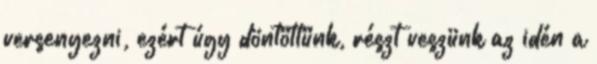
versenyezni, ezért úgy döntöttünk, részt veszünk az idén a